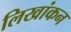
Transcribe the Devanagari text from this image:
लिखांकन